Scottish Leaving Certificate Examination, 1956
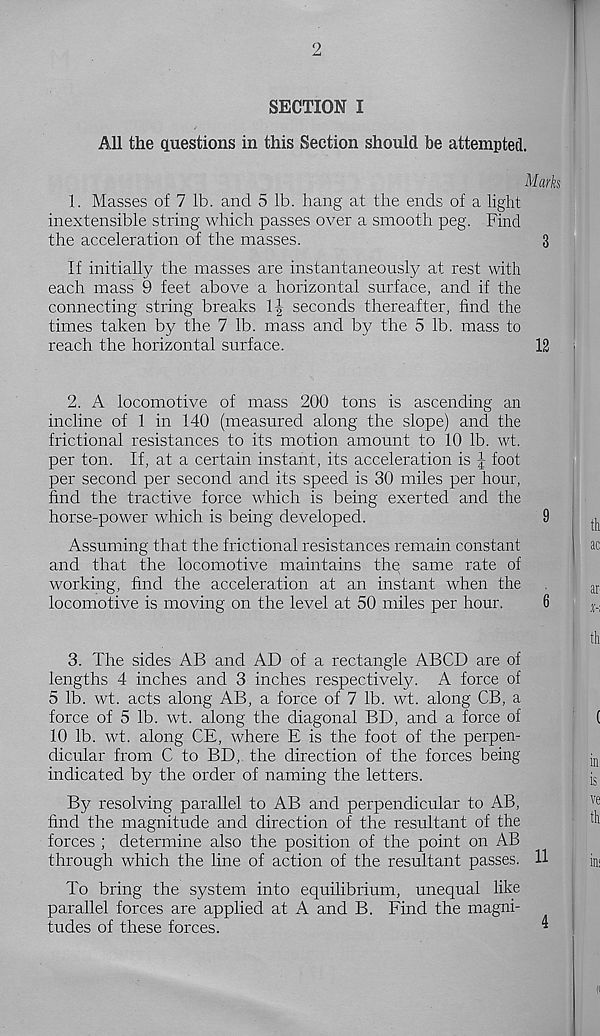
2
SECTION I
All the questions in this Section should be attempted.
Marks
1. Masses of 7 lb. and 5 lb. hang at the ends of a light
inextensible string which passes over a smooth peg. Find
the acceleration of the masses.
3
If initially the masses are instantaneously at rest with
each mass 9 feet above a horizontal surface, and if the
connecting string breaks
seconds thereafter, find the
times taken by the 7 lb. mass and by the 5 lb. mass to
reach the horizontal surface.
12
2. A locomotive of mass 200 tons is ascending an
incline of 1 in 140 (measured along the slope) and the
frictional resistances to its motion amount to 10 lb. wt.
per ton. If, at a certain instant, its acceleration is J foot
per second per second and its speed is 30 miles per hour,
find the tractive force which is being exerted and the
horse-power which is being developed.
9
Assuming that the frictional resistances remain constant
and that the locomotive maintains thq same rate of
working, find the acceleration at an instant when the
locomotive is moving on the level at 50 miles per hour.
6
3. The sides AB and AD of a rectangle ABCD are of
lengths 4 inches and 3 inches respectively. A force of
5 lb. wt. acts along AB, a force of 7 lb. wt. along CB, a
force of 5 lb. wt. along the diagonal BD, and a force of
10 lb. wt. along CE, where E is the foot of the perpen-
dicular from C to BD, the direction of the forces being
indicated by the order of naming the letters.
By resolving parallel to AB and perpendicular to AB,
find the magnitude and direction of the resultant of the
forces ; determine also the position of the point on AB
through which the line of action of the resultant passes. 11
To bring the system into equilibrium, unequal like
parallel forces are applied at A and B. Find the magni-
tudes of these forces.